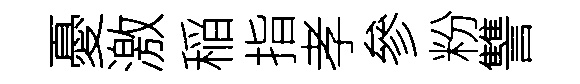
憂激稲指孝參粉讐